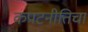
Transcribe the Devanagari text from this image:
कपटनीतिचा